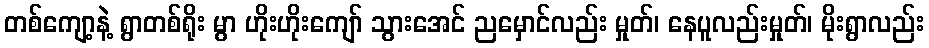
တစ်ကျော့နဲ့ ရွာတစ်ရိုး မွာ ဟိုးဟိုးကျော် သွားအေင် ညမှောင်လည်း မှုတ်၊ နေပူလည်းမှုတ်၊ မိုးရွာလည်း